Leaving Certificate Examination (including Day School Certificate (Higher) General paper), 1929
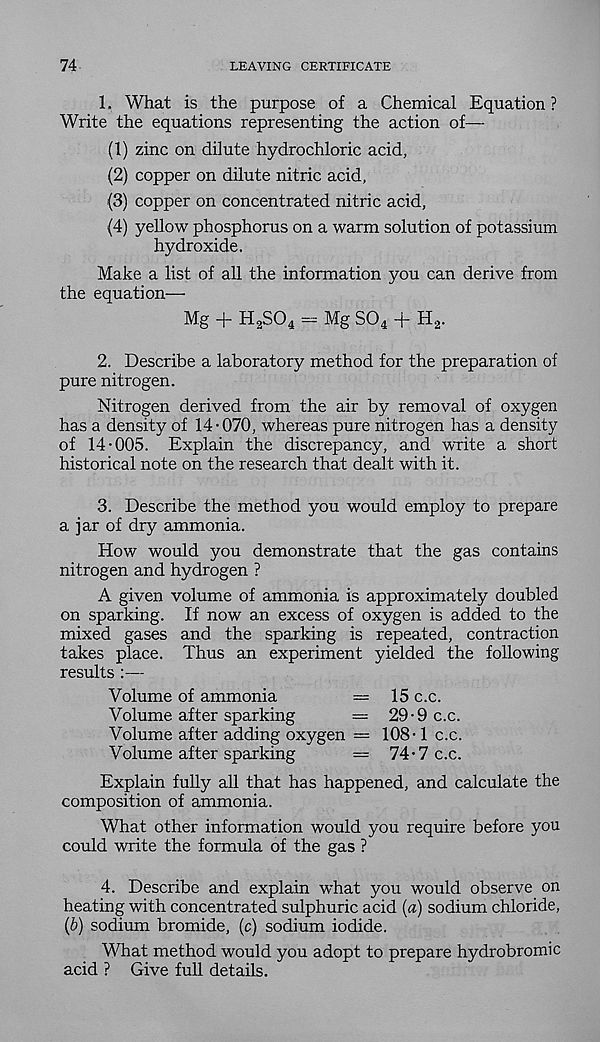
74
LEAVING CERTIFICATE
1. What is the purpose of a Chemical Equation ?
Write the equations representing the action of—
(1) zinc on dilute hydrochloric acid,
(2) copper on dilute nitric acid,
(3) copper on concentrated nitric acid,
(4) yellow phosphorus on a warm solution of potassium
hydroxide.
Make a list of all the information you can derive from
the equation—
Mg -f~ H 2 S0 4 — Mg S0 4 -f- H 2 .
2. Describe a laboratory method for the preparation of
pure nitrogen.
Nitrogen derived from the air by removal of oxygen
has a density of 14 • 070, whereas pure nitrogen has a density
of 14-005. Explain the discrepancy, and write a short
historical note on the research that dealt with it.
3. Describe the method you would employ to prepare
a jar of dry ammonia.
How would you demonstrate that the gas contains
nitrogen and hydrogen ?
A given volume of ammonia is approximately doubled
on sparking. If now an excess of oxygen is added to the
mixed gases and the sparking is repeated, contraction
takes place. Thus an experiment yielded the following
results :—
Volume of ammonia
— 15 c.c.
Volume after sparking
— 29-9 c.c.
Volume after adding oxygen — 108-1 c.c.
Volume after sparking
= 74-7 c.c.
Explain fully all that has happened, and calculate the
composition of ammonia.
What other information would you require before you
could write the formula of the gas ?
4. Describe and explain what you would observe on
heating with concentrated sulphuric acid {a) sodium chloride,
(b) sodium bromide, (c) sodium iodide.
What method would you adopt to prepare hydrobromic
acid ? Give full details.